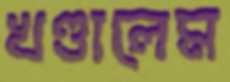
খণ্ডালেম